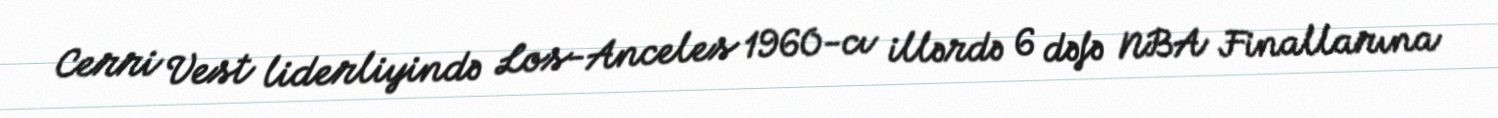
Cerri Vest liderliyində Los-Anceles 1960-cı illərdə 6 dəfə NBA Finallarına